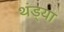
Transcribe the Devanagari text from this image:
थंड्या